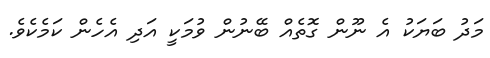
މަދު ބަޔަކު އެ ނޫން ގޮތެއް ބޭނުން ވުމަކީ އަދި އެހެން ކަމެކެވެ.